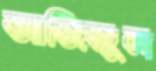
আজিজুল